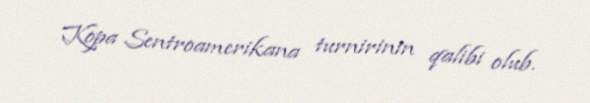
Kopa Sentroamerikana turnirinin qalibi olub.